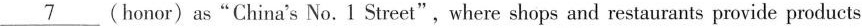
\underline{7} (honor) as"China's No. 1 Street", where shops and restaurants provide products